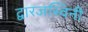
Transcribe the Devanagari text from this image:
द्वारजस्विनी